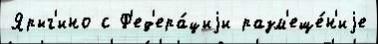
Ярыг'ино с Ф'ед'ера́циjи разм'еще́н'иjе